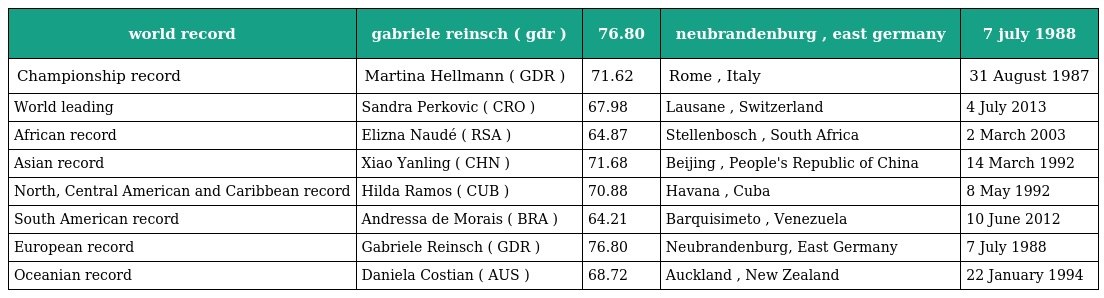
| world record | gabriele reinsch ( gdr ) | 76.80 | neubrandenburg , east germany | 7 july 1988 |
 | --- | --- | --- | --- | --- |
 | Championship record | Martina Hellmann ( GDR ) | 71.62 | Rome , Italy | 31 August 1987 |
 | World leading | Sandra Perkovic ( CRO ) | 67.98 | Lausane , Switzerland | 4 July 2013 |
 | African record | Elizna Naudé ( RSA ) | 64.87 | Stellenbosch , South Africa | 2 March 2003 |
 | Asian record | Xiao Yanling ( CHN ) | 71.68 | Beijing , People's Republic of China | 14 March 1992 |
 | North, Central American and Caribbean record | Hilda Ramos ( CUB ) | 70.88 | Havana , Cuba | 8 May 1992 |
 | South American record | Andressa de Morais ( BRA ) | 64.21 | Barquisimeto , Venezuela | 10 June 2012 |
 | European record | Gabriele Reinsch ( GDR ) | 76.80 | Neubrandenburg, East Germany | 7 July 1988 |
 | Oceanian record | Daniela Costian ( AUS ) | 68.72 | Auckland , New Zealand | 22 January 1994 |